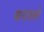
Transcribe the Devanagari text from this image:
बाराशते